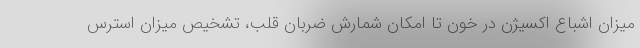
میزان اشباع اکسیژن در خون تا امکان شمارش ضربان قلب، تشخیص میزان استرس